Vaccine operations Central Provinces & Berar 1912-1920 - 1912-1920
Year: 1912
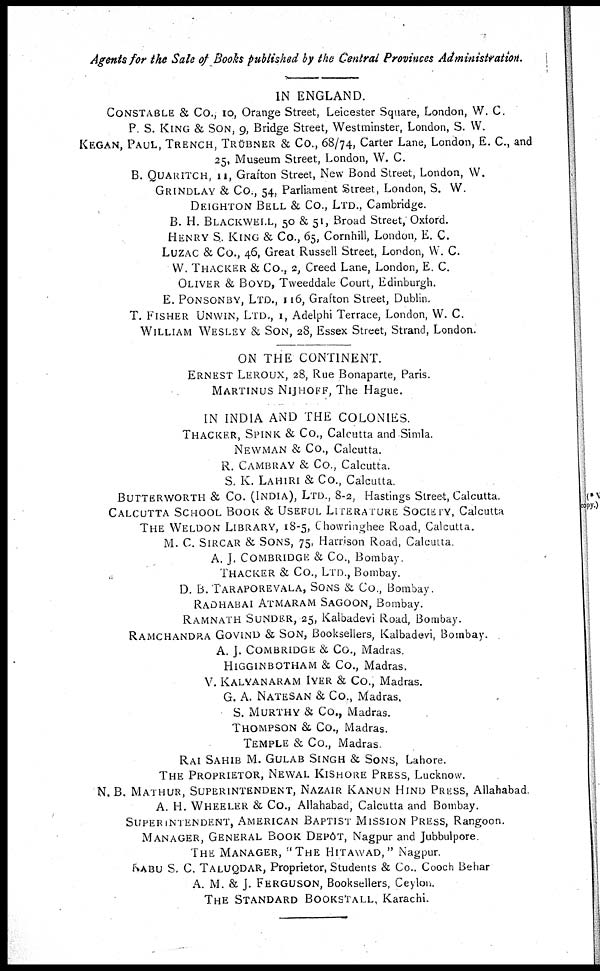
Agents for the Sale of Books published by the Central Provinces Administration.
IN ENGLAND.
CONSTABLE & CO., 10, Orange Street, Leicester Square, London, W. C.
P. S. KING & SON, 9, Bridge Street, Westminster, London, S. W.
KEGAN, PAUL, TRENCH, TRŬBNER & Co., 68/74, Carter Lane, London, E. C., and
25, Museum Street, London, W. C.
B. QUARITCH, 11, Grafton Street, New Bond Street, London, W.
GRINDLAY & Co., 54, Parliament Street, London, S. W.
DEIGHTON BELL & Co., LTD., Cambridge.
B. H. BLACKWELL, 50 & 51, Broad Street, Oxford.
HENRY S. KING & Co., 65, Cornhill, London, E. C.
LUZAC & Co., 46, Great Russell Street, London, W. C.
W. THACKER & Co., 2, Creed Lane, London, E. C.
OLIVER & BOYD, Tweeddale Court, Edinburgh.
E. PONSONBY, LTD., 116, Grafton Street, Dublin.
T. FISHER UNWIN, LTD., 1, Adelphi Terrace, London, W. C.
WILLIAM WESLEY & SON, 28, Essex Street, Strand, London.
ON THE CONTINENT.
ERNEST LEROUX, 28, Rue Bonaparte, Paris.
MARTINUS NIJHOFF, The Hague.
IN INDIA AND THE COLONIES.
THACKER, SPINK & Co., Calcutta and Simla.
NEWMAN & Co., Calcutta.
R. CAMBRAY & Co., Calcutta.
S. K. LAHIRI & Co., Calcutta.
BUTTERWORTH & Co. (INDIA), LTD., 8-2, Hastings Street, Calcutta.
CALCUTTA SCHOOL BOOK & USEFUL LITERATURE SOCIETY, Calcutta
THE WELDON LIBRARY, 18-5, Chowringhee Road, Calcutta.
M. C SIRCAR & SONS, 75, Harrison Road, Calcutta
A. J. COMBRIDGE & Co., Bombay.
THACKER & Co., LTD., Bombay.
D. B. TARAPOREVALA, SONS & Co., Bombay.
RADHABAI ATMARAM SAGOON, Bombay.
RAMNATH SUNDER, 25, Kalbadevi Road, Bombay.
RAMCHANDRA GOVIND & SON, Booksellers, Kalbadevi, Bombay.
A. J. COMBRIDGE & Co., Madras.
HIGGINBOTHAM & Co., Madras.
V. KALYANARAM IYER & Co., Madras.
G. A. NATESAN & Co., Madras,
S. MURTHY & Co., Madras.
THPMPSON & Co., Madras.
TEMPLE & Co., Madras.
RAI SAHIB M. GULAB SINGH & SONS, Lahore.
THE PROPRIETOR, NEWAL KISHORE PRESS, Lucknow.
N. B. MATHUR, SUPERINTENDENT, NAZAIR KANUN HIND PRESS, Allahabad.
A. H. WHEELER & Co., Allahabad, Calcutta and Bombay.
SUPERINTENDENT, AMERICAN BAPTIST MISSION PRESS, Rangoon.
MANAGER, GENERAL BOOK DEPÔT, Nagpur and Jubbulpore.
THE MANAGER, "THE HITAWAD," Nagpur.
BABU S. C. TALUQDAR, Proprietor, Students & Co.. Cooch Behar
A. M. & J. FERGUSON, Booksellers, Ceylon.
THE STANDARD BOOKSTALL, Karachi.